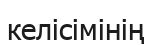
келісімінің